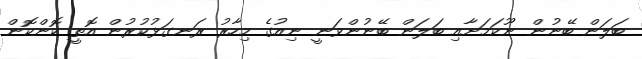
ބަލަން ބޭނުން ނޫކަމަށާއި ބަލަން ބޭނުންވަނީ ނިއުގެ މިހާރު ރަނގަޅުކުރުން އޮތީ ކޮންކޮން